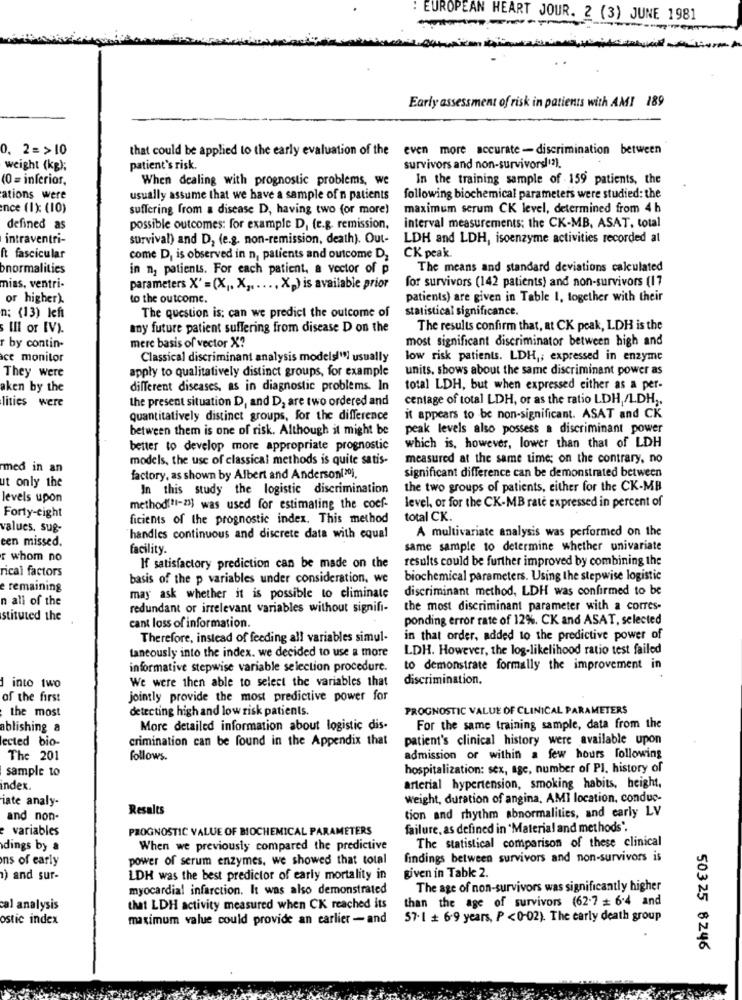
: EUROPEAN HEART JOUR. 2 (3) JUNE 1981
Early assessment of risk in patients with AMI 189
0. 2=>10
that could be applied to the early evaluation of the
even more accurate - discrimination between
weight (kg);
patient's risk.
survivors and non-survivors!(2).
(0 = inferior,
When dealing with prognostic problems, we
In the training sample of 159 patients, the
ations were
usually assume that we have a sample of n patients
following biochemical parameters were studied: the
ence (1x (10)
suffering from a disease D, having two (or more)
maximum serum CK level, determined from 4 h
defined as
possible outcomes: for example D, (e.g. remission,
interval measurements: the CK-MB, ASAT, total
intraventri-
survival) and D, (e.g. non-remission, death). Out-
LDH and LDH, isoenzyme activities recorded at
ft fascicular
come D, is observed in n, patients and outcome D;
CK peak
onormalities
in n2 patients. For each patient, a vector of p
The means and standard deviations calculated
for survivors (142 patients) and non-survivors (17
mias, ventri-
parameters X' = (X ,. X ,. .... X.) is available prior
or higher).
to the outcome.
patients) are given in Table I, together with their
n: (13) left
statistical significance.
The question is: can we predict the outcome of
5 Ill or IV).
any future patient suffering from disease D on the
The results confirm that, at CK peak, LDH is the
mere basis of vector X?
most significant discriminator between high and
r by contin-
ce monitor
Classical discriminant analysis models"i usually
low risk patients. LDH ,; expressed in enzyme
apply to qualitatively distinct groups, for example
units, shows about the same discriminant power as
They were
aken by the
different diseases, as in diagnostic problems. In
total LDH, but when expressed either as a per-
the present situation D, and D, are two ordered and
centage of total LDH, or as the ratio LDH,/LDH ;.
lities were
quantitatively distinct groups, for the difference
it appears to be non-significant. ASAT and CK
between them is one of risk. Although it might be
peak levels also possess a discriminant power
better to develop more appropriate prognostic
which is, however, lower than that of LDH
models, the use of classical methods is quite satis-
measured at the same time; on the contrary, no
med in an
ut only the
factory, as shown by Albert and Anderson(30),
significant difference can be demonstrated between
In this study the logistic discrimination
the two groups of patients, either for the CK-MB
levels upon
level, or for the CK-MB rate expressed in percent of
method(11-23] was used for estimating the coef-
Forty-eight
ficients of the prognostic index. This method
total CK.
values, sug-
A multivariate analysis was performed on the
een missed.
handles continuous and discrete data with equal
facility.
same sample to determine whether univariate
r whom no
results could be further improved by combining the
rical factors
If satisfactory prediction can be made on the
basis of the p variables under consideration, we
biochemical parameters. Using the stepwise logistic
e remaining
discriminant method, LDH was confirmed to be
n all of the
may ask whether it is possible to eliminate
redundant or irrelevant variables without signifi-
the most discriminant parameter with a corres-
stituted the
ponding error rate of 12%. CK and ASAT, selected
cant loss of information.
Therefore, instead of feeding all variables simul-
in that order, added to the predictive power of
taneously into the index. we decided to use a more
LDH. However, the log-likelihood ratio test failed
informative stepwise variable selection procedure.
to demonstrate formally the improvement in
We were then able to select the variables that
discrimination.
into two
of the first
jointly provide the most predictive power for
the most
detecting high and low risk patients.
PROGNOSTIC VALUE OF CLINICAL PARAMETERS
ablishing a
More detailed information about logistic dis-
For the same training sample, data from the
lected bio-
crimination can be found in the Appendix that
patient's clinical history were available upon
The 201
follows.
admission or within a few hours following
sample to
hospitalization: sex, age, number of PI. history of
index
arterial hypertension, smoking habits, height,
iate analy-
Weight, duration of angina, AMI location, conduc-
Results
tion and rhythm abnormalities, and early LV
and non-
variables
PROGNOSTIC VALUE OF BIOCHEMICAL PARAMETERS
failure, as defined in 'Material and methods".
The statistical comparison of these clinical
dings by a
When we previously compared the predictive
ns of early
power of serum enzymes, we showed that total
findings between survivors and non-survivors is
given in Tabk 2.
) and sur-
LDH was the best predictor of early mortality in
myocardial infarction. It was also demonstrated
The age of non-survivors was significantly higher
than the age of survivors (62.7 = 6.4 and
cal analysis
that LDH activity measured when CK reached its
ostic index
maximum value could provide an earlier - and
57. 1 + 6.9 years, P <0-02). The early death group
50325 8246